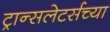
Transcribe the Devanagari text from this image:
ट्रान्सलेटर्सच्या